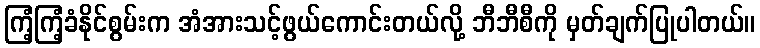
ကြံ့ကြံ့ခံနိုင်စွမ်းက အံအားသင့်ဖွယ်ကောင်းတယ်လို့ ဘီဘီစီကို မှတ်ချက်ပြုပါတယ်။